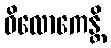
ဝိလောကေန္တိ